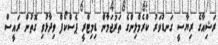
ރަޝިއާގެ ރިޔާސީ ގަނޑުވަރު ކްރެމްލިންގެ ތަރުޖަމާން ޑިމިޓްރީ ޕެސްކޯފް ވިދާޅުވި ގޮތުން ރައީސް